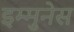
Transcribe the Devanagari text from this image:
इम्मुनेस